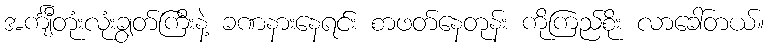
အင်္ကျီတုံးလုံးချွတ်ကြီးနဲ့ ခဏနားနေရင်း စာဖတ်နေတုန်း ကိုကြည်စိုး လာခေါ်တယ်။